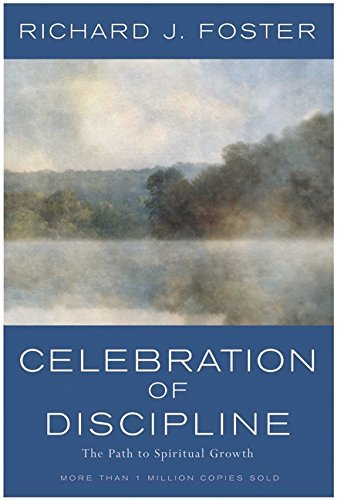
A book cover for Celebration of Discipline: The Path to Spiritual Growth; Richard J. Foster; Christian Books & Bibles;